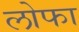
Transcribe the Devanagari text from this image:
लोफा